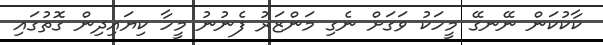
ކާކުކަން ނޭނގޭ މީހަކު ވަގަށް ނެގި މަންޒަރު ފެނުނު މީހާ ކިޔައިދިން ގޮތުގައި